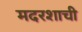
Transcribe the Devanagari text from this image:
मदरशाची